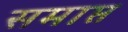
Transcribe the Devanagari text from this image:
समाप्त